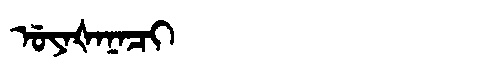
Manchu: ᡠᠶᠠᡧᠠᠨᠠᠴᡳ
Romanization: UYAŠANACI